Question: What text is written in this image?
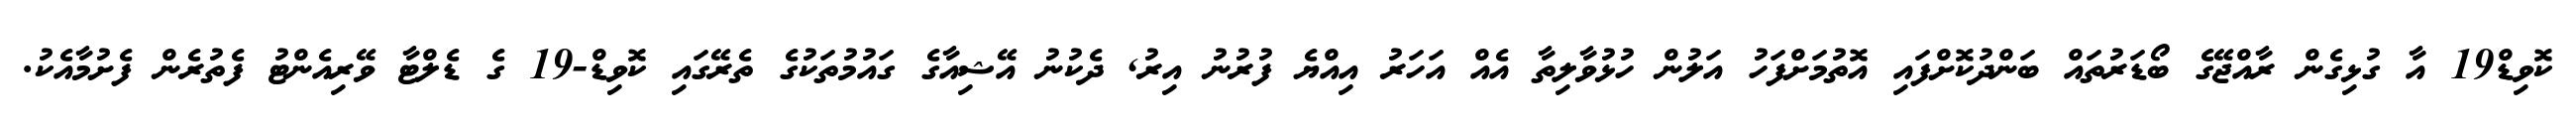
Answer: ކޮވިޑް19 އާ ގުޅިގެން ރާއްޖޭގެ ބޯޑަރުތައް ބަންދުކޮށްފައި އޮތުމަށްފަހު އަލުން ހުޅުވާލިތާ އެއް އަހަރު އިއްޔެ ފުރުނު އިރު, ދެކުނު އޭޝިއާގެ ގައުމުތަކުގެ ތެރޭގައި ކޮވިޑް-19 ގެ ޑެލްޓާ ވޭރިއެންޓު ފެތުރެން ފެށުމާއެކު.